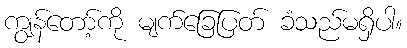
ကျွန်တော့်ကို မျက်ခြေပြတ် ခံသည်မရှိပါ။